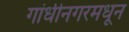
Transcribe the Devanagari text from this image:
गांधीनगरमधून